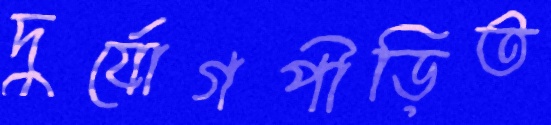
দুর্যোগপীড়িত